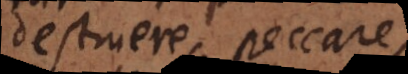
destruere; peccare,